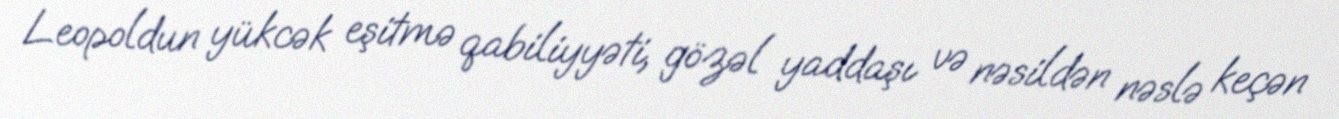
Leopoldun yükcək eşitmə qabiliyyəti, gözəl yaddaşı və nəsildən nəslə keçən